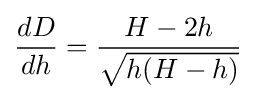
{\frac {dD}{dh}}={\frac {H-2h}{\sqrt {h(H-h)}}}